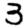
Digit: 3